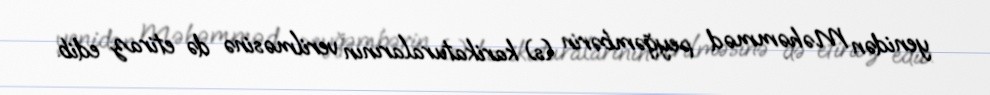
yenidən Məhəmməd peyğəmbərin (s) karikaturalarının verilməsinə də etiraz edib.